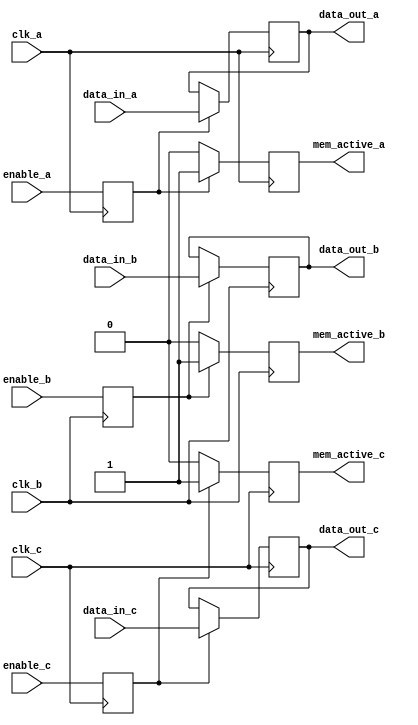
module memory_block (
    input wire clk_a,
    input wire clk_b,
    input wire clk_c,
    input wire enable_a,
    input wire enable_b,
    input wire enable_c,
    input wire [7:0] data_in_a,
    input wire [7:0] data_in_b,
    input wire [7:0] data_in_c,
    output reg [7:0] data_out_a,
    output reg [7:0] data_out_b,
    output reg [7:0] data_out_c,
    output reg mem_active_a,
    output reg mem_active_b,
    output reg mem_active_c
);

    // Synchronization registers for enable signals
    reg enable_a_sync, enable_b_sync, enable_c_sync;

    // Gating logic for memory blocks
    always @(posedge clk_a) begin
        enable_a_sync <= enable_a;
        if (enable_a_sync) begin
            mem_active_a <= 1'b1;
            data_out_a <= data_in_a; // Memory operation
        end else begin
            mem_active_a <= 1'b0;
            // Retain data or enter low-power state
        end
    end

    always @(posedge clk_b) begin
        enable_b_sync <= enable_b;
        if (enable_b_sync) begin
            mem_active_b <= 1'b1;
            data_out_b <= data_in_b; // Memory operation
        end else begin
            mem_active_b <= 1'b0;
            // Retain data or enter low-power state
        end
    end

    always @(posedge clk_c) begin
        enable_c_sync <= enable_c;
        if (enable_c_sync) begin
            mem_active_c <= 1'b1;
            data_out_c <= data_in_c; // Memory operation
        end else begin
            mem_active_c <= 1'b0;
            // Retain data or enter low-power state
        end
    end

endmodule